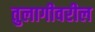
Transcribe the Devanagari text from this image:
तुलागीवरील